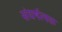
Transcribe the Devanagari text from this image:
संघर्षत्मक